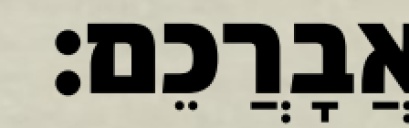
אֲבָרֲכֵם׃